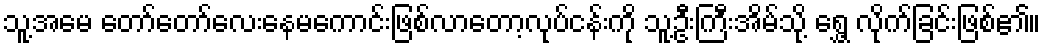
သူ့အမေ တော်တော်လေးနေမကောင်းဖြစ်လာတော့လုပ်ငန်းကို သူ့ဦးကြီးအိမ်သို့ ရွှေ့ လိုက်ခြင်းဖြစ်၏။